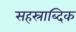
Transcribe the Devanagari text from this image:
सहस्राब्दिक